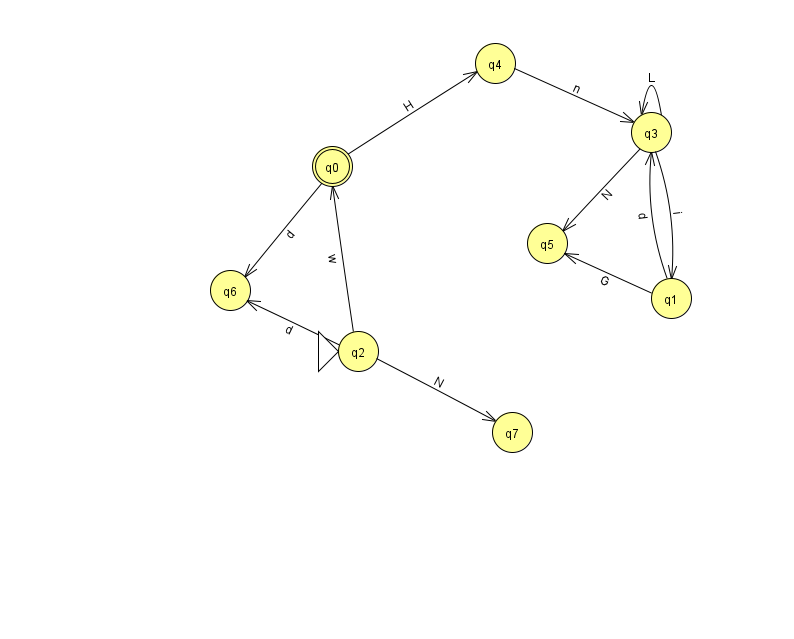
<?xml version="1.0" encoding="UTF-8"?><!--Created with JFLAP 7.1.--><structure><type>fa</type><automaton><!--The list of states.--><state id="0" name="q0"><x>332.0</x><y>153.0</y><final/></state><state id="1" name="q1"><x>671.0</x><y>285.0</y></state><state id="2" name="q2"><x>358.0</x><y>338.0</y><initial/></state><state id="3" name="q3"><x>651.0</x><y>119.0</y></state><state id="4" name="q4"><x>495.0</x><y>50.0</y></state><state id="5" name="q5"><x>547.0</x><y>230.0</y></state><state id="6" name="q6"><x>230.0</x><y>277.0</y></state><state id="7" name="q7"><x>512.0</x><y>419.0</y></state><!--The list of transitions.--><transition><from>1</from><to>3</to><read>d</read></transition><transition><from>2</from><to>7</to><read>N</read></transition><transition><from>3</from><to>5</to><read>N</read></transition><transition><from>2</from><to>6</to><read>d</read></transition><transition><from>0</from><to>4</to><read>H</read></transition><transition><from>4</from><to>3</to><read>n</read></transition><transition><from>1</from><to>5</to><read>G</read></transition><transition><from>3</from><to>3</to><read>L</read></transition><transition><from>0</from><to>6</to><read>d</read></transition><transition><from>3</from><to>1</to><read>i</read></transition><transition><from>2</from><to>0</to><read>w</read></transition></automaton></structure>